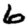
Digit: 6